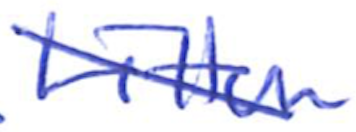
Text: Litton
Cross-out: diagonal
Writing tool: ballpoint